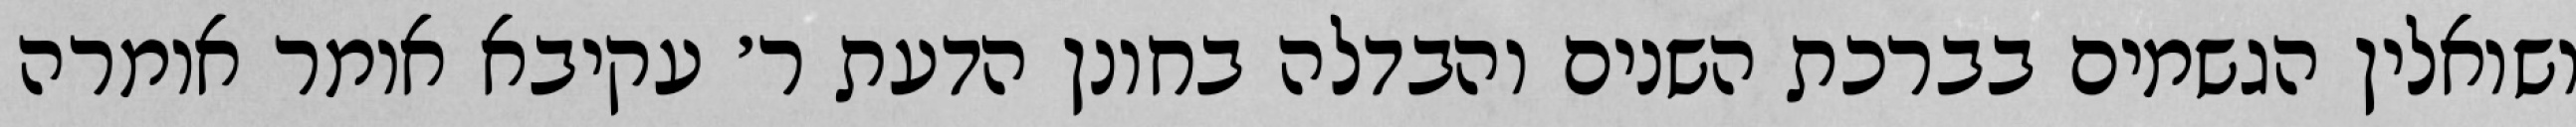
ושואלין הגשמים בברכת השנים והבדלה בחונן הדעת ר׳ עקיבא אומר אומרה